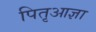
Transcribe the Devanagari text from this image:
पितृआज्ञा